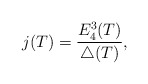
\begin{align*}j(T)= \frac{E_4^3(T)}{\triangle(T)},\end{align*}